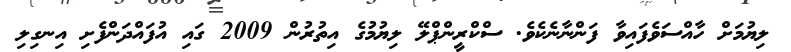
ލިޔުމަށް ހާއްސަވެފައިވާ ފަންނާނެކެވެ. ސްކްރީންޕްލޭ ލިޔުމުގެ އިތުރުން 2009 ގައި އުފައްދަންފެށި އިނގިލި